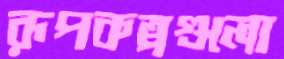
রূপকল্পগুলো